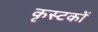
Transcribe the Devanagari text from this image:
कृस्टकों